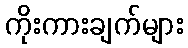
ကိုးကားချက်များ